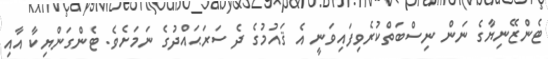
ޓެންޒޭނިޔާގެ ނަން ނިސްބަތްކުރެވިފައިވަނީ އެ ޤައުމުގެ ދެ ސަރަޙައްދުގެ ނަމަށެވެ. ޓެންގަންޔިކާ އާއި